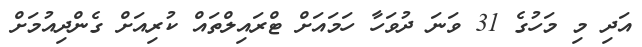
އަދި މި މަހުގެ 31 ވަނަ ދުވަހާ ހަމައަށް ޓްރައިލްތައް ކުރިއަށް ގެންދިއުމަށް